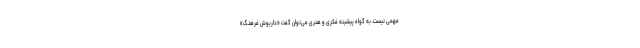
مهمی نیست. به گواه پیشینه فکری و هنری می‌‌توان گفت «داریوش فرهنگ»